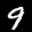
Label: 9